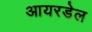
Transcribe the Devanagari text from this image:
आयरडेल